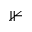
\nVdash